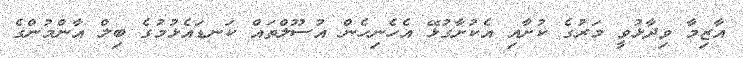
އާޒިމާ ވިދާޅުވީ މަރުގެ ކުށާއި އެކުށާގުޅޭ އެހެނިހެން އުސޫލްތައް ކަނޑައެޅުމުގެ ބިލް އާންމުންގެ